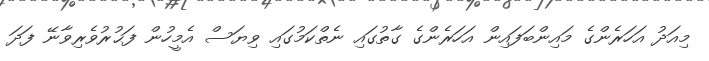
މިއަދު އަހަރެންގެ މައިންބަފައިން އަހަރެންގެ ގާތުގައި ނެތްކަމުގައި ވިޔަސް އެމީހުން ފަޙުރުވެރިވާނޭ ފަދަ